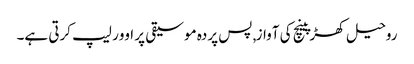
روحیل کھڑپینچ کی آواز, پس پردہ موسیقی پر اوور لیپ کرتی ہے۔